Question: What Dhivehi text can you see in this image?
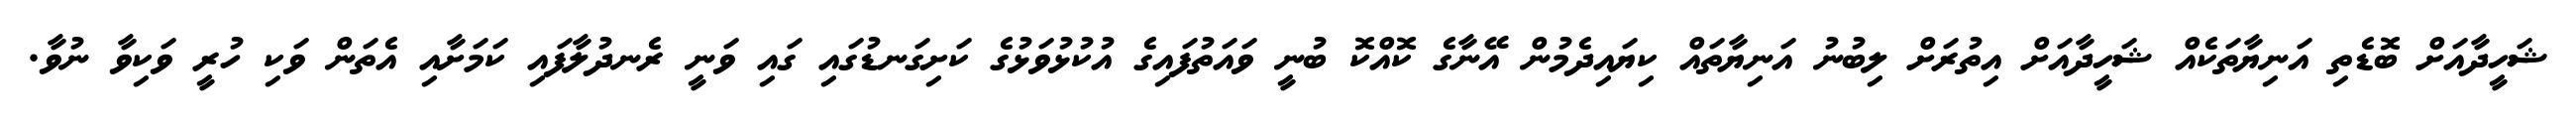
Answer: ޝަހީދާއަށް ބޮޑެތި އަނިޔާތަކެއް ޝަހީދާއަށް އިތުރަށް ލިބުނު އަނިޔާތައް ކިޔައިދެމުން އޭނާގެ ކޮއްކޮ ބުނީ ވައަތުފައިގެ އުކުޅުވަޅުގެ ކަށިގަނޑުގައި ގައި ވަނީ ރެނދުލާފައި ކަމަށާއި އެތަން ވަކި ހުރީ ވަކިވާ ނުވާ.